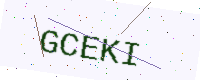
Text: GCEKI